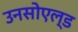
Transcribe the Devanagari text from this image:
उनसोएल्ड